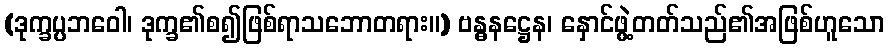
(ဒုက္ခပ္ပဘဝေါ၊ ဒုက္ခ၏စ၍ဖြစ်ရာသဘောတရား။) ဗန္ဓနဋ္ဌေန၊ နှောင်ဖွဲ့တတ်သည်၏အဖြစ်ဟူသော